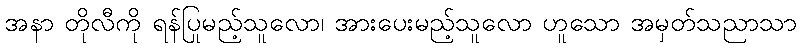
အနာ တိုလီကို ရန်ပြုမည့်သူလော၊ အားပေးမည့်သူလော ဟူသော အမှတ်သညာသာ